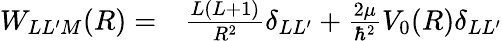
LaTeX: \begin{array}{rl}{W_{LL^{\prime}M}(R)=}&{{}\frac{L(L+1)}{R^{2}}\delta_{LL^{\prime}}+\frac{2\mu}{\hbar^{2}}V_{0}(R)\delta_{LL^{\prime}}}\end{array}